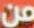
من